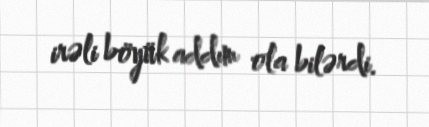
irəli böyük addım ola bilərdi.